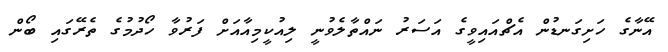
އޭނާގެ ހަށިގަނޑުން އެޗްއައިވީގެ އަސަރު ނައްތާލެވުނީ ލިއުކީމިއާއަށް ފަރުވާ ހޯދުމުގެ ތެރޭގައި ބޯން